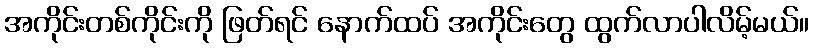
အကိုင်းတစ်ကိုင်းကို ဖြတ်ရင် နောက်ထပ် အကိုင်းတွေ ထွက်လာပါလိမ့်မယ်။